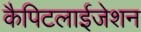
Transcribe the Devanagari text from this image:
कैपिटलाईजेशन